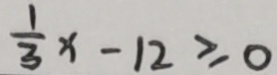
\frac { 1 } { 3 } x - 1 2 \geq 0